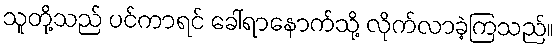
သူတို့သည် ပင်ကာရင် ခေါ်ရာနောက်သို့ လိုက်လာခဲ့ကြသည်။